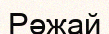
Рәжай